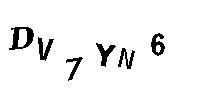
DV7YN6